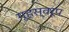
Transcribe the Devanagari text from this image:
गृहस्वरूप